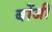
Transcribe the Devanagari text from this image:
बोंजी